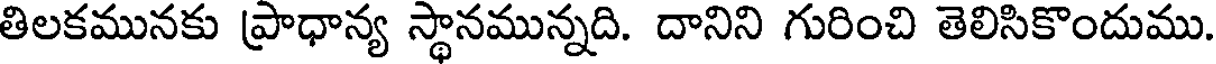
తిలకమునకు ప్రాధాన్య స్థానమున్నది. దానిని గురించి తెలిసికొందుము.